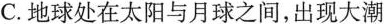
C.地球处在太阳与月球之间，出现大潮